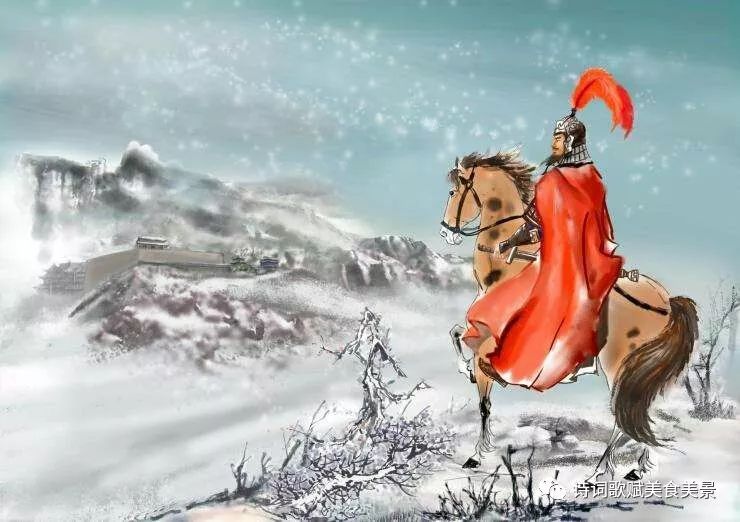
长风几万里，吹度玉门关。